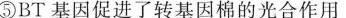
⑤BT 基因促进了转基因棉的光合作用